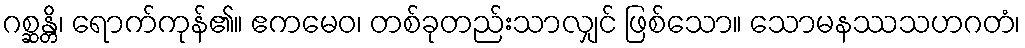
ဂစ္ဆန္တိ၊ ရောက်ကုန်၏။ ဧကမေဝ၊ တစ်ခုတည်းသာလျှင် ဖြစ်သော။ သောမနဿသဟဂတံ၊